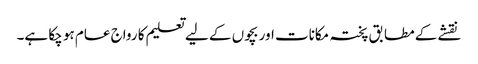
نقشے کے مطابق پختہ مکانات اور بچوں کے لیے تعلیم کا رواج عام ہو چکا ہے۔